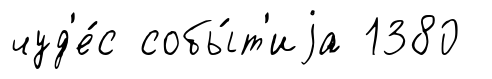
чуд'е́с собы́т'иjа 1380